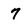
Character: 7